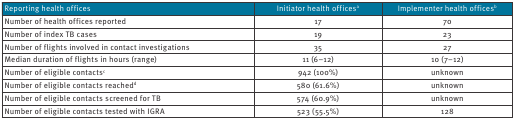
| Reporting health offices | Initiator health officesa | Implementer health officesb |
 | --- | --- | --- |
 | Number of health offices reported | 17 | 70 |
 | Number of index TB cases | 19 | 23 |
 | Number of flights involved in contact investigations | 35 | 27 |
 | Median duration of flights in hours (range) | 11 (6–12) | 10 (7–12) |
 | Number of eligible contactsc | 942 (100%) | unknown |
 | Number of eligible contacts reachedd | 580 (61.6%) | unknown |
 | Number of eligible contacts screened for TB | 574 (60.9%) | unknown |
 | Number of eligible contacts tested with IGRA | 523 (55.5%) | 128 |